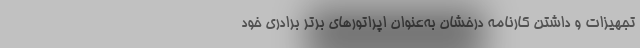
تجهیزات و داشتن کارنامه درخشان به‌عنوان اپراتورهای برتر برادری خود